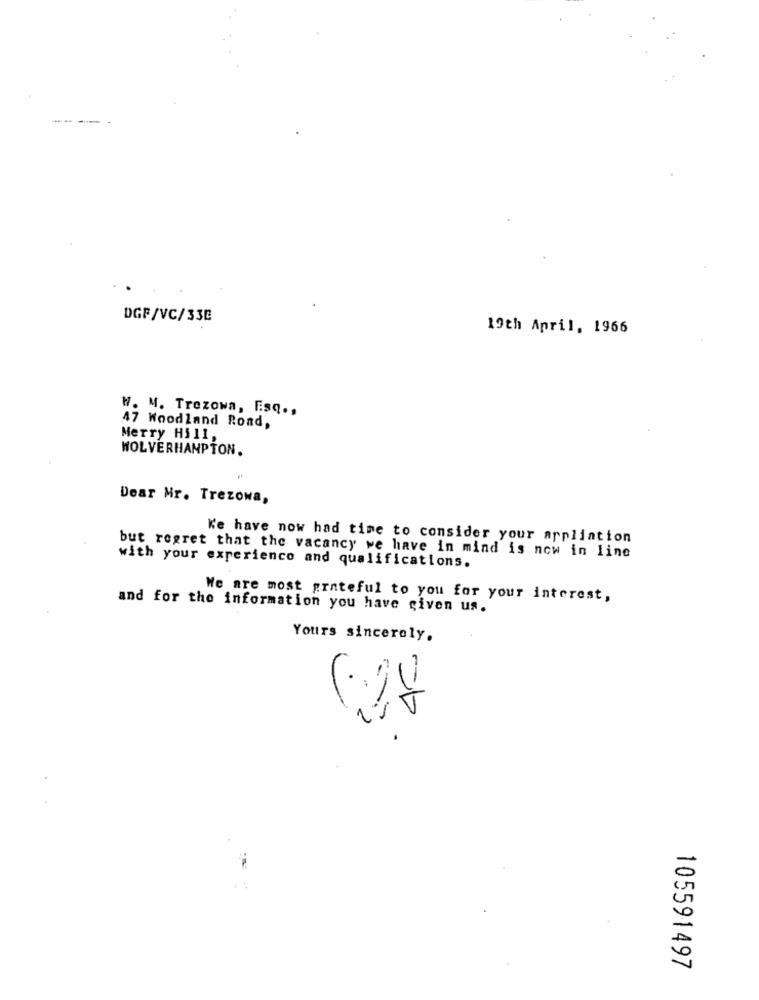
DGF/VC/338
19th April, 1966
W. M. Trezowa, Fsq .,
47 Woodland Rond,
Merry Hill,
WOLVERHAMPTON.
Dear Mr. Trezowa,
K'e have now had time to consider your arpliation
but regret that the vacancy we have in mind is now in line
with your experience and qualifications.
We are most grateful to you for your interest,
and for the information you have given us.
Yours sincerely.
4-
105591497